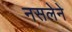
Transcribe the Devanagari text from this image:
नसलेने